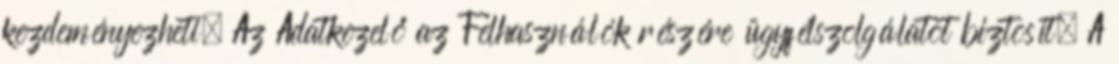
kezdeményezheti. Az Adatkezelő az Felhasználók részére ügyfélszolgálatot biztosít. A